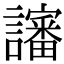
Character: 讅